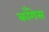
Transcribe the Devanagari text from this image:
काँगेस